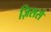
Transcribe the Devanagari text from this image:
ज़िससे